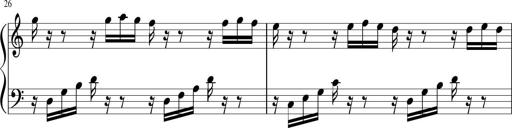
Title: Sonatina di Santa Gemma, JKB 12
Composer: Jason Baruk
Key: F major